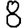
Digit: 8